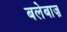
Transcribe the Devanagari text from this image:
बलेबाज़